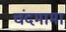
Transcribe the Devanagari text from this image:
चंदमामा